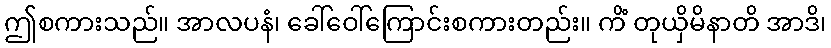
ဤစကားသည်။ အာလပနံ၊ ခေါ်ဝေါ်ကြောင်းစကားတည်း။ ကိံ တုယှိမိနာတိ အာဒိ၊